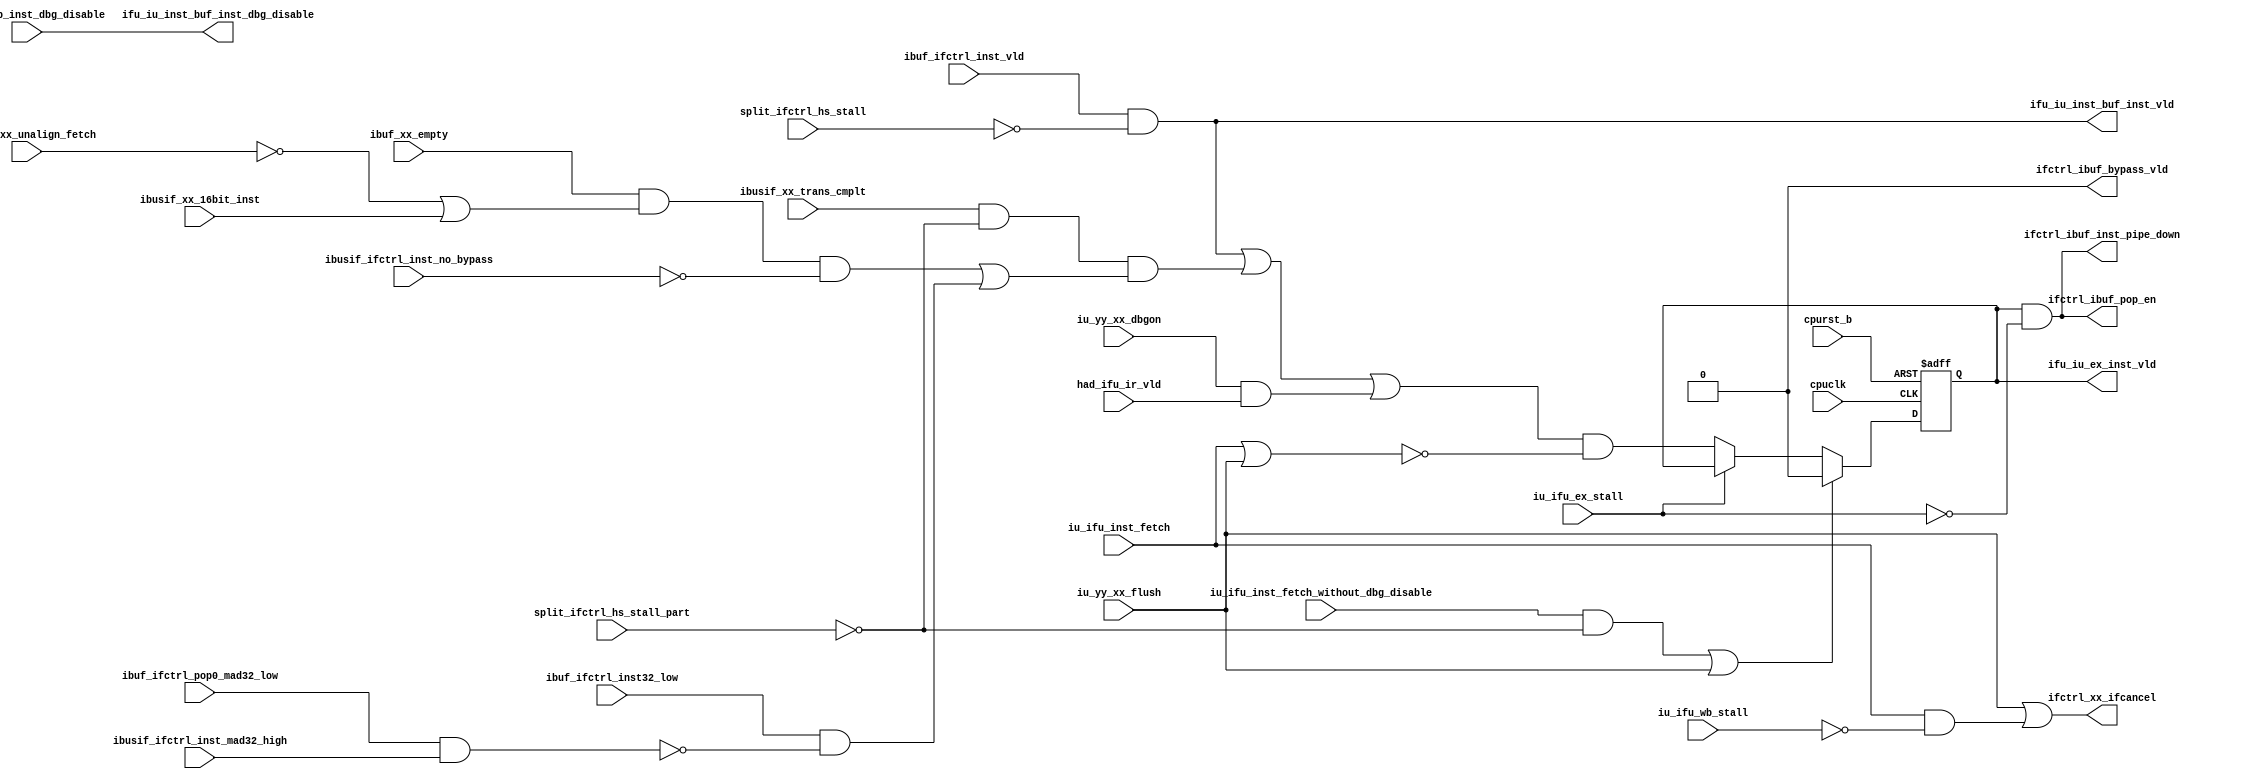
/*Copyright 2018-2021 T-Head Semiconductor Co., Ltd.

Licensed under the Apache License, Version 2.0 (the "License");
you may not use this file except in compliance with the License.
You may obtain a copy of the License at

    http://www.apache.org/licenses/LICENSE-2.0

Unless required by applicable law or agreed to in writing, software
distributed under the License is distributed on an "AS IS" BASIS,
WITHOUT WARRANTIES OR CONDITIONS OF ANY KIND, either express or implied.
See the License for the specific language governing permissions and
limitations under the License.
*/

// &ModuleBeg; @23
module cr_ifu_ifctrl(
  cpuclk,
  cpurst_b,
  had_ifu_ir_vld,
  ibuf_ifctrl_inst32_low,
  ibuf_ifctrl_inst_vld,
  ibuf_ifctrl_pop0_mad32_low,
  ibuf_ifdp_inst_dbg_disable,
  ibuf_xx_empty,
  ibusif_ifctrl_inst_mad32_high,
  ibusif_ifctrl_inst_no_bypass,
  ibusif_xx_16bit_inst,
  ibusif_xx_trans_cmplt,
  ibusif_xx_unalign_fetch,
  ifctrl_ibuf_bypass_vld,
  ifctrl_ibuf_inst_pipe_down,
  ifctrl_ibuf_pop_en,
  ifctrl_xx_ifcancel,
  ifu_iu_ex_inst_vld,
  ifu_iu_inst_buf_inst_dbg_disable,
  ifu_iu_inst_buf_inst_vld,
  iu_ifu_ex_stall,
  iu_ifu_inst_fetch,
  iu_ifu_inst_fetch_without_dbg_disable,
  iu_ifu_wb_stall,
  iu_yy_xx_dbgon,
  iu_yy_xx_flush,
  split_ifctrl_hs_stall,
  split_ifctrl_hs_stall_part
);

// &Ports; @24
input        cpuclk;                               
input        cpurst_b;                             
input        had_ifu_ir_vld;                       
input        ibuf_ifctrl_inst32_low;               
input        ibuf_ifctrl_inst_vld;                 
input        ibuf_ifctrl_pop0_mad32_low;           
input        ibuf_ifdp_inst_dbg_disable;           
input        ibuf_xx_empty;                        
input        ibusif_ifctrl_inst_mad32_high;        
input        ibusif_ifctrl_inst_no_bypass;         
input        ibusif_xx_16bit_inst;                 
input        ibusif_xx_trans_cmplt;                
input        ibusif_xx_unalign_fetch;              
input        iu_ifu_ex_stall;                      
input        iu_ifu_inst_fetch;                    
input        iu_ifu_inst_fetch_without_dbg_disable; 
input        iu_ifu_wb_stall;                      
input        iu_yy_xx_dbgon;                       
input        iu_yy_xx_flush;                       
input        split_ifctrl_hs_stall;                
input        split_ifctrl_hs_stall_part;           
output       ifctrl_ibuf_bypass_vld;               
output       ifctrl_ibuf_inst_pipe_down;           
output       ifctrl_ibuf_pop_en;                   
output       ifctrl_xx_ifcancel;                   
output       ifu_iu_ex_inst_vld;                   
output       ifu_iu_inst_buf_inst_dbg_disable;     
output       ifu_iu_inst_buf_inst_vld;             

// &Regs; @25
reg          ex_inst_vld;                          

// &Wires; @26
wire         cpuclk;                               
wire         cpurst_b;                             
wire         had_ifu_ir_vld;                       
wire         ibuf_bypass_vld;                      
wire         ibuf_ifctrl_inst32_low;               
wire         ibuf_ifctrl_inst_vld;                 
wire         ibuf_ifctrl_pop0_mad32_low;           
wire         ibuf_ifdp_inst_dbg_disable;           
wire         ibuf_inst_vld;                        
wire         ibuf_pop_en;                          
wire         ibuf_xx_empty;                        
wire         ibus_bypass_inst_vld;                 
wire         ibusif_ifctrl_inst_mad32_high;        
wire         ibusif_ifctrl_inst_no_bypass;         
wire         ibusif_xx_16bit_inst;                 
wire         ibusif_xx_trans_cmplt;                
wire         ibusif_xx_unalign_fetch;              
wire         if_cancel;                            
wire         if_cancel_for_pipeline;               
wire         if_inst_stall;                        
wire         if_inst_vld;                          
wire         if_inst_vld_for_ex;                   
wire         if_inst_vld_for_ex_aft_hs;            
wire         if_pipe_down;                         
wire         ifctrl_ibuf_bypass_vld;               
wire         ifctrl_ibuf_inst_pipe_down;           
wire         ifctrl_ibuf_pop_en;                   
wire         ifctrl_xx_ifcancel;                   
wire         ifu_iu_ex_inst_vld;                   
wire         ifu_iu_inst_buf_inst_dbg_disable;     
wire         ifu_iu_inst_buf_inst_vld;             
wire         inst_vld;                             
wire         iu_ifu_ex_stall;                      
wire         iu_ifu_inst_fetch;                    
wire         iu_ifu_inst_fetch_without_dbg_disable; 
wire         iu_ifu_wb_stall;                      
wire         iu_yy_xx_dbgon;                       
wire         iu_yy_xx_flush;                       
wire         random_inst_vld;                      
wire         split_ifctrl_hs_inst_vld;             
wire         split_ifctrl_hs_stall;                
wire         split_ifctrl_hs_stall_part;           
wire         split_ifctrl_mad_stall;               
wire         split_ifctrl_push_pop_stall;          


//==============================================================================
//                            Instruction Valid
//==============================================================================
assign ibuf_inst_vld = ibuf_ifctrl_inst_vld && !split_ifctrl_hs_stall;

//the inst of IF stage come from 3 sources, so the valid signal will condifer
//all these sources
assign inst_vld = ibuf_inst_vld || ibus_bypass_inst_vld
               || iu_yy_xx_dbgon && had_ifu_ir_vld;

//the bypass inst is valid when:
//1.the ibus trasacntion is completed
//2.ibuf is empty or only has one entry valid and it is high half of 32bit inst
//3.the ibus transaction is word algin
//4.the inst from ibus is not a split inst(mls or mad)
assign ibus_bypass_inst_vld = ibusif_xx_trans_cmplt &&
                              !split_ifctrl_hs_stall_part && 
//conditoin1: ibuf is empty, the inst from ibus
                              ( (ibuf_xx_empty &&
                                 (!ibusif_xx_unalign_fetch ||
                                  ibusif_xx_16bit_inst 
                                 ) &&
                                 !ibusif_ifctrl_inst_no_bypass
                                ) ||
//condition2: ibuf only have one entry valid and it is high half of 32-bit
//            inst, so half of the inst from ibuf and half of the inst from
//            ibus
                                (ibuf_ifctrl_inst32_low &&
                                 !(ibuf_ifctrl_pop0_mad32_low &&
                                   ibusif_ifctrl_inst_mad32_high
                                  )
                                )
                              );

//the inst at IF stage is only valid when no IF cancel signal is asserted
assign if_inst_vld = inst_vld && !if_cancel; 
                 
//the valid signal for ex is assert when no branch or jmp x1 stall asserted
assign if_inst_vld_for_ex = if_inst_vld && !if_inst_stall;

assign if_inst_stall = split_ifctrl_push_pop_stall ||
                       split_ifctrl_mad_stall;

//==============================================================================
//                            IF Cancel Signal
//==============================================================================
//IF stage will be cenceled when IU asserts the inst fetch signal or flush
// signal
assign if_cancel = iu_ifu_inst_fetch || iu_yy_xx_flush;

assign if_cancel_for_pipeline = iu_ifu_inst_fetch_without_dbg_disable 
                                && !split_ifctrl_hs_stall_part 
                             || iu_yy_xx_flush;


//==============================================================================
//                            IF Stage Pipe Down
//==============================================================================
//the inst at IF stage can only be piped down to EX when:
//1.the inst at IF is valid
//2.IU not stall
assign if_pipe_down = ex_inst_vld && !iu_ifu_ex_stall;

assign split_ifctrl_hs_inst_vld = 1'b0;
assign split_ifctrl_mad_stall = 1'b0;
assign split_ifctrl_push_pop_stall = 1'b0;
//assign if_pipe_down_for_hs = split_ifctrl_hs_inst_vld && !iu_ifu_ex_stall;

//==============================================================================
//                            Instruction Valid to EX Stage
//==============================================================================
assign if_inst_vld_for_ex_aft_hs = if_inst_vld_for_ex
                                || split_ifctrl_hs_inst_vld;
always @(posedge cpuclk or negedge cpurst_b)
begin
  if(!cpurst_b)
    ex_inst_vld <= 1'b0;
  else if(if_cancel_for_pipeline)
    ex_inst_vld <= 1'b0;
  else if(!iu_ifu_ex_stall)
    ex_inst_vld <= if_inst_vld_for_ex_aft_hs;
end

assign ifu_iu_ex_inst_vld = ex_inst_vld;

assign ifu_iu_inst_buf_inst_vld = ibuf_inst_vld;
assign ifu_iu_inst_buf_inst_dbg_disable = ibuf_ifdp_inst_dbg_disable;


//==============================================================================
//                Control Signal of Inst Buf
//==============================================================================
//==========================================================
//                Bypass Signal if Ibuf
//==========================================================
//the inst buf will be bypassed when:
//1.the bypass inst is valid
//2.the IU not stall
//3.no random inst is valid
assign ibuf_bypass_vld = if_pipe_down &&
                         ibus_bypass_inst_vld &&
                         !random_inst_vld;

//==========================================================
//                Pop Enable of Ibuf
//==========================================================
assign ibuf_pop_en = if_pipe_down &&
                     !random_inst_vld;// &&
//                     !split_xx_stall;

//assign ibuf_inst_vld_after_cancel = ibuf_inst_vld && !if_cancel;


//==============================================================================
//                Interface to Other Module 
//==============================================================================
//==========================================================
//                Globle Signal
//==========================================================
assign random_inst_vld = 1'b0;
//assign ifctrl_xx_ifcancel = iu_yy_xx_flush || iu_ifu_inst_fetch_without_dbg_disable;
assign ifctrl_xx_ifcancel = iu_yy_xx_flush || iu_ifu_inst_fetch && !iu_ifu_wb_stall;
//assign ifctrl_xx_random_inst_vld = random_inst_vld;

//==========================================================
//                Interface to Ibuf
//==========================================================
//assign ibuf_empty = !ibuf_inst_vld;
assign ifctrl_ibuf_bypass_vld = ibuf_bypass_vld && 1'b0;
assign ifctrl_ibuf_inst_pipe_down = if_pipe_down && !random_inst_vld;
assign ifctrl_ibuf_pop_en = ibuf_pop_en;

//==========================================================
//                Interface to Split
//==========================================================
//the split inst can only come from ibuf
//assign ifctrl_split_inst_vld_no_cancel = ibuf_inst_vld 								
//                                      && !split_ifctrl_hs_stall;

//==========================================================
//                Interface to IF Data Path
//==========================================================
//assign ifctrl_ifdp_pipe_down = if_inst_vld_for_ex_aft_hs && !iu_ifu_ex_stall && !if_cancel_for_pipeline;
//assign ifctrl_ifdp_pipe_down_for_hs = if_pipe_down_for_hs;

// &ModuleEnd; @188
endmodule